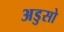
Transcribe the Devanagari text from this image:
अडुसो